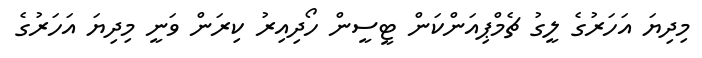
މިދިޔަ އަހަރުގެ ލީގު ޗެމްޕިއަންކަން ޓީސީން ހޯދިއިރު ކިރަން ވަނީ މިދިޔަ އަހަރުގެ